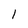
Character: 1